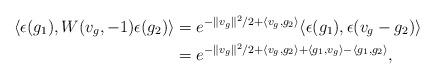
LaTeX: \begin{align*}\langle \epsilon(g_1),W(v_g,-1) \epsilon(g_2) \rangle&=e^{-\lVert v_g\lVert^2/2+\langle v_g,g_2 \rangle}\langle \epsilon(g_1),\epsilon(v_g-g_2) \rangle\\&=e^{-\lVert v_g\lVert^2/2+\langle v_g,g_2 \rangle+\langle g_1,v_g \rangle-\langle g_1,g_2 \rangle},\end{align*}